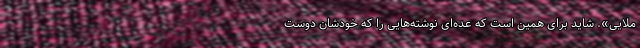
ملایی». شاید برای همین است که عده‌ای نوشته‌هایی را که خودشان دوست